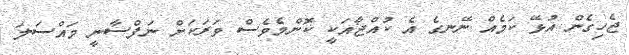
ޖެހިގެން އުޅޭ ކަމެއް ނޭނގެ އެ ކުއްޖާއަކީ ކޮންމެވެސް ވަރަކަށް ނަފްސާނީ މައްސަލަ